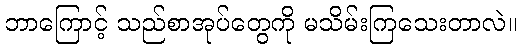
ဘာကြောင့် သည်စာအုပ်တွေကို မသိမ်းကြသေးတာလဲ။